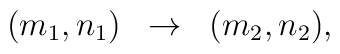
\begin{array}{lcr}(m_1,n_1)&\rightarrow&(m_2, n_2) ,\end{array}